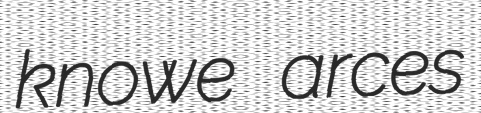
knowe arces